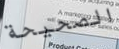
الصحيحة